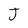
Character: J